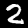
Digit: 2